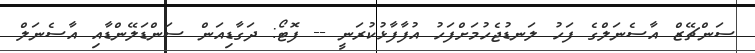
ސަންޗޭޒް އާސެނަލްގެ ފަހު ލަނޑުޖެހުމަށްފަހު އުފާފާޅުކުރަނީ -- ފޮޓޯ: ދަގާޑިއަން ސަންޑަލޭންޑާއި އާސެނަލް